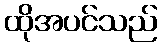
ထိုအပင်သည်